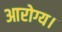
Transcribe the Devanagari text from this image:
आरोग्य।